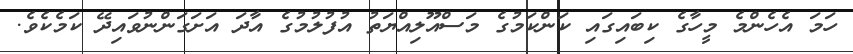
ހަމަ އެހެންމެ މީހާގެ ކިބައިގައި ކަންކަމުގެ މަސްއޫލިއްޔަތު އުފުލުމުގެ އާދަ އަށަގަންނުވައިދޭ ކަމެކެވެ.